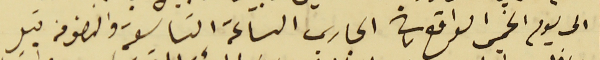
الى يوم الخميس الواقع في ٧ الجاري الساعة التاسعة والنصف من قبل